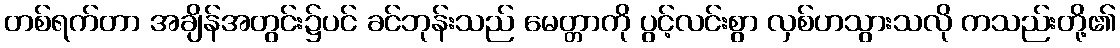
တစ်ရက်တာ အချိန်အတွင်း၌ပင် ခင်ဘုန်းသည် မေတ္တာကို ပွင့်လင်းစွာ လှစ်ဟသွားသလို ကသည်းတို့၏